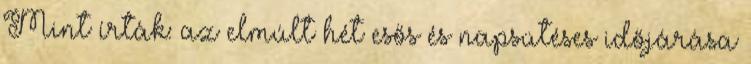
Mint írták: az elmúlt hét esős és napsütéses időjárása